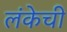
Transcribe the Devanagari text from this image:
लंकेची